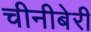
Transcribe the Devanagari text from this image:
चीनीबेरी